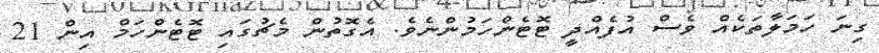
ގިނަ ހަމަލާތަކެއް ވެސް އުފެއްދީ ޓޮޓެންހަމުންނެވެ. އެގޮތުން މެޗުގައި ޓޮޓެންހަމް އިން 21